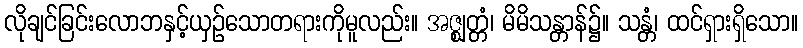
လိုချင်ခြင်းလောဘနှင့်ယှဉ်သောတရားကိုမူလည်း။ အဇ္ဈတ္တံ၊ မိမိသန္တာန်၌။ သန္တံ၊ ထင်ရှားရှိသော။